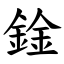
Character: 鍂